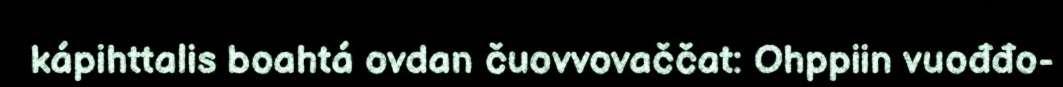
kápihttalis boahtá ovdan čuovvovaččat: Ohppiin vuođđo-